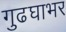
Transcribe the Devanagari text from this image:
गुढघाभर